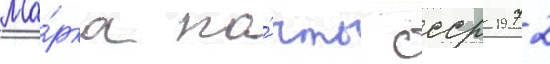
Ма́рка по́чты ссср 1972